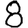
Digit: 8